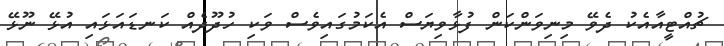
ޗުއްޓީއާއެކު ދެވޭ މިނިވަންކަން ފުޅާވިޔަސް އެކަމުގައިވެސް ވަކި ހުދޫދެއް ކަނޑައަޅައި އުޅޭ ނޫޅޭ